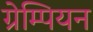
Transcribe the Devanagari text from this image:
ग्रेम्पियन